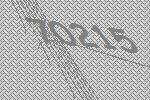
70215